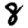
Digit: 8